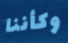
وكأننا